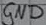
Text: GND